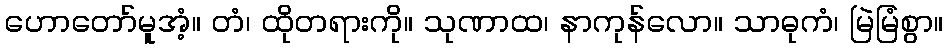
ဟောတော်မူအံ့။ တံ၊ ထိုတရားကို။ သုဏာထ၊ နာကုန်လော။ သာဓုကံ၊ မြဲမြံစွာ။